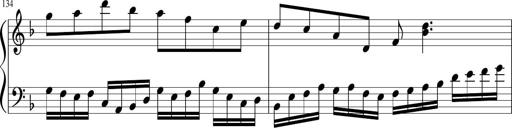
Title: Sonatina in F major
Composer: Ethan Ngo
Key: F major